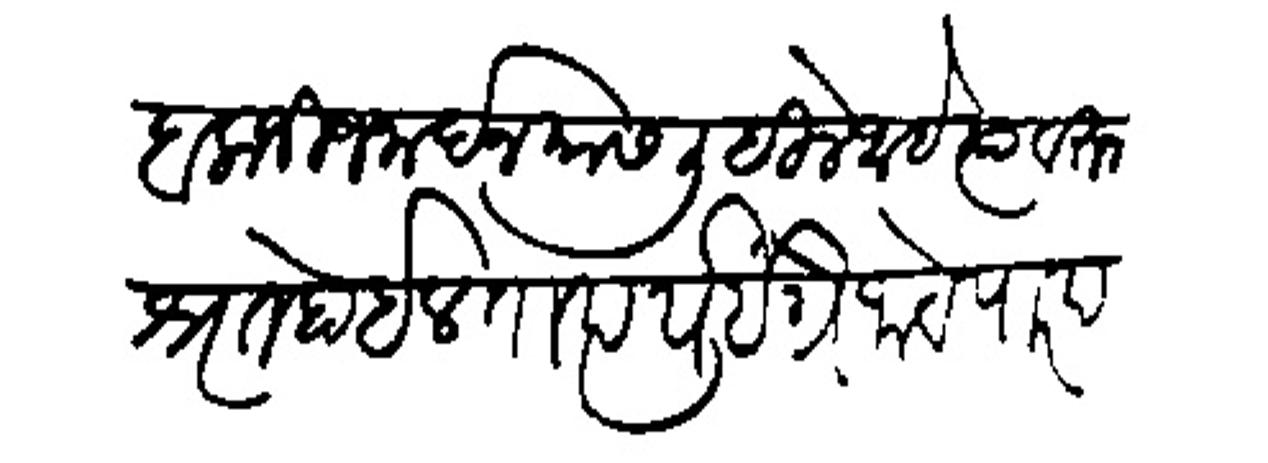
Transliteration (Devanagari): बालाजी जनार्दन यास लिहिले आहे त्यावरून श्रुत होईल तात्पर्य इंग्रेजांचे पारप